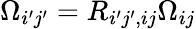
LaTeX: \Omega_{i^{\prime}j^{\prime}}=R_{i^{\prime}j^{\prime},ij}\Omega_{ij}